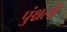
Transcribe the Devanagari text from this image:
पुंश्चली